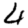
Digit: 4